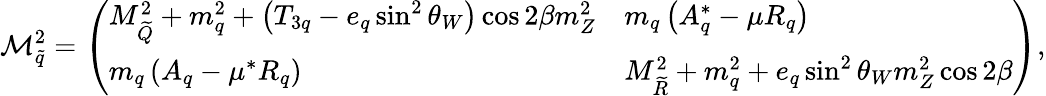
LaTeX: {\cal M}_{\tilde{q}}^{2}=\left(\begin{array}{ll}{{M_{\widetilde{Q}}^{2}+m_{q}^{2}+\left(T_{3q}-e_{q}\sin^{2}\theta_{W}\right)\cos 2\beta m_{Z}^{2}}}&{{m_{q}\left(A_{q}^{*}-\mu R_{q}\right)}}\\ {{m_{q}\left(A_{q}-\mu^{*}R_{q}\right)}}&{{M_{\widetilde{R}}^{2}+m_{q}^{2}+e_{q}\sin^{2}\theta_{W}m_{Z}^{2}\cos 2\beta}}\end{array}\right),